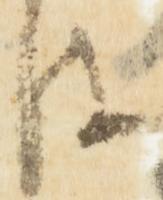
は